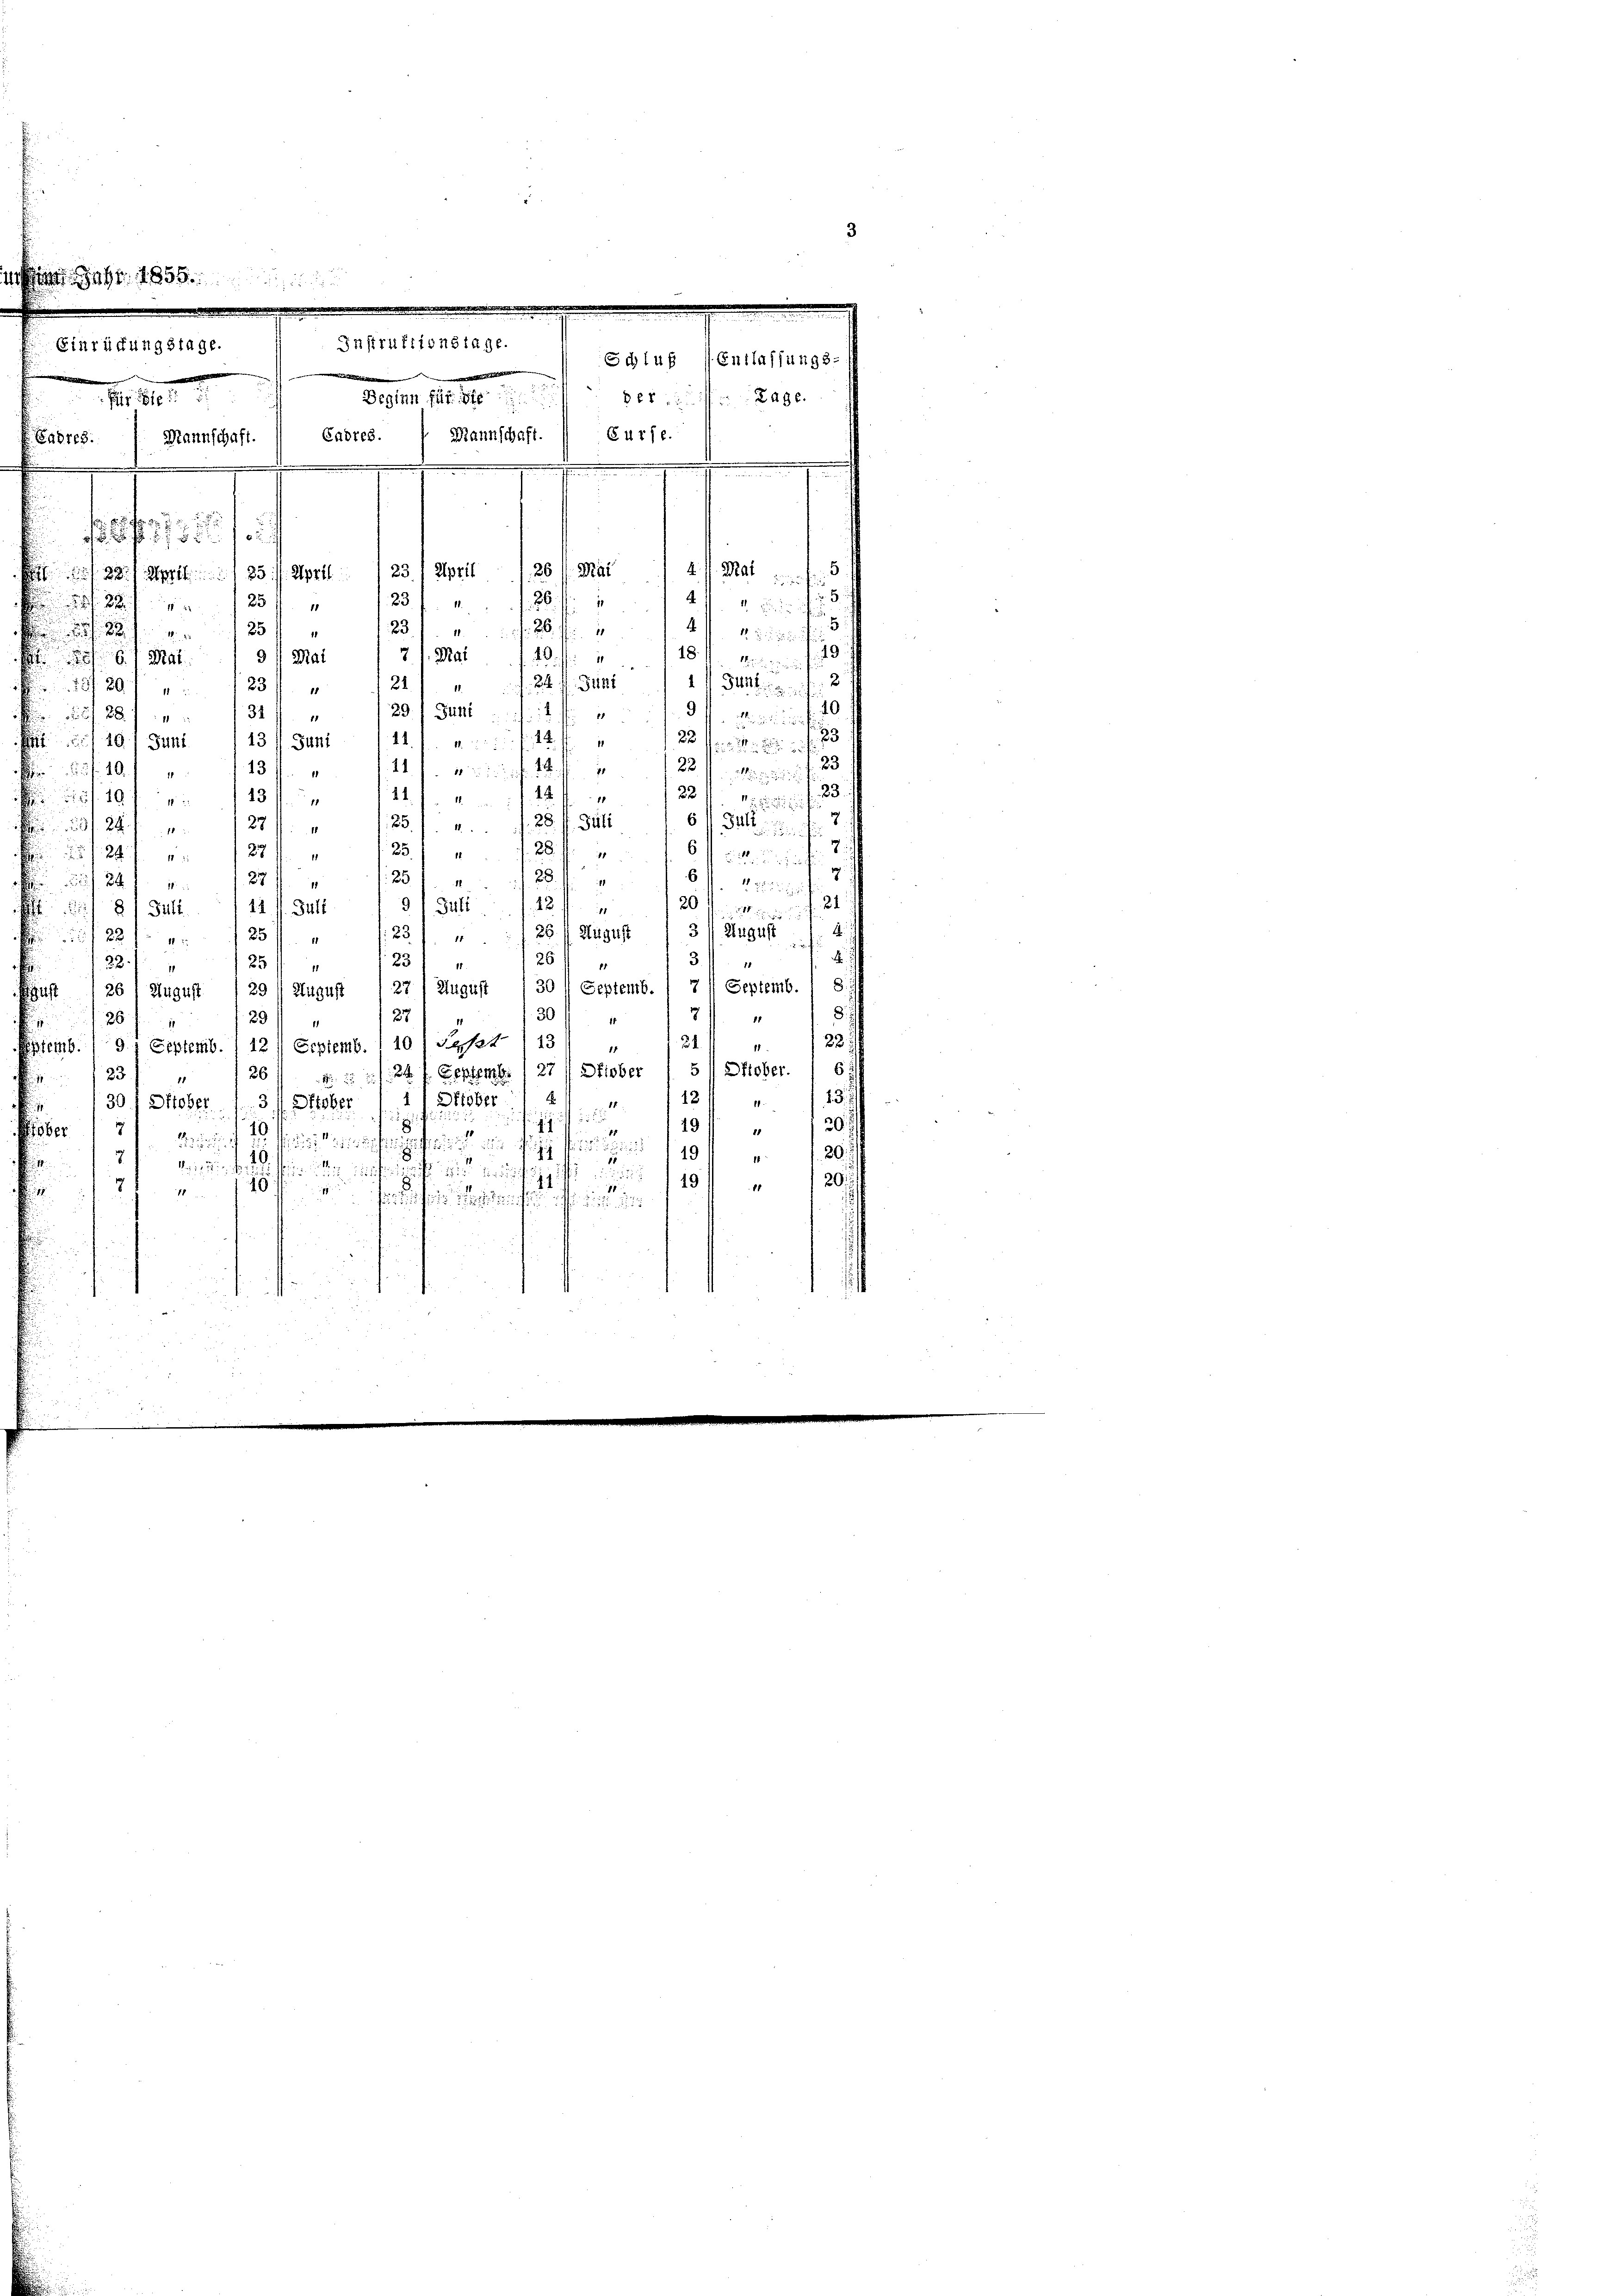
B
E
F

18

Einrückungstage.

Fr. 1880
8er xx
N. 11.
Wannschaft. Curse.
4. M. Mai
5
88 April 185 ff. April 23. April 126. Mai

25
23 f 20 ff.

11
  in
23. / 20 f
125
413
49
3. /. Mai
 f 18 Mai ein
91 Mai
5/6. Ma
2
21) u. 24. Juni 11 Jun.
28/29. 123 ff
40
29.) Bettl
 88. 1344.
3 Ansi
431. Juni 111 f. 1 ff
 40 Juni
da faite
23
1182
1
131
 40. f
23.
144 f. 2

13/
2211 f 18
28. fl. Juli
e
 . . . . .
5/24
101 " " 127 ff. " 125 " 1280 "
25. f. u. 129 f. 6 f 5 unte
2
 524 f 120 f
17
:20
27
6
24
11
31
9/ 342 f
2941 xx 12 x
 8) Gült.41 M. Sutt
4
231 " " 26. August 13 August
25
f 28

3.
28
23/ 1
28.)
25f
ust 261 August 29 August 1 27/ August 1 30 t Septemb. 1 7 Septemb. / 8:
8.
2
301
37
29
.
25 f
21
/2230
emb. 191 Septemb. 112 (Expiemb. 1 10) Saft 113
15
5 Oktober.
6.
2.     24 f. Septemb. 127) Sieber
26
 23.
1
13
124
11 Oktober
30f Pfieber 1. 34 Sticher
18.
55.
.
19
11
20 f
4
1
19
Ber
R

f 15

19 " 120
e . . . . .
Sin die

 10 " 120
1
2f
18
u
fungen
 515

Adres. Mannschaft.  Cadres.

55 x 10

Instruktionslage.

Schluß (Entlassungs-